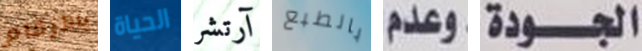
بالأرقام الحياة آرتشر بالطبع وعدم الجودة